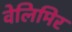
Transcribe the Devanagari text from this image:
वेलिमिर